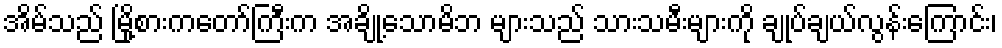
အိမ်သည် မြို့စားကတော်ကြီးက အချို့သောမိဘ များသည် သားသမီးများကို ချုပ်ချယ်လွန်းကြောင်း၊